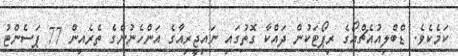
ކަމެކެވެ. ޑްބްލިއުއެޗްއޯގެ ރިޕޯޓަކުން ދައްކާ ގޮތުގައި ނައިޖީރިއާގެ އަންހެނުންގެ ތެރެއިން 77 ޕަސެންޓު